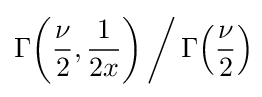
\Gamma \!\left({\frac {\nu }{2}},{\frac {1}{2x}}\right){\bigg /}\,\Gamma \!\left({\frac {\nu }{2}}\right)\!